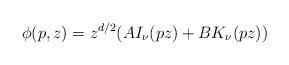
LaTeX: \begin{align*}\phi(p,z)=z^{d/2}(A I_\nu(p z)+B K_\nu(pz))\end{align*}